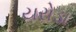
યરોડા